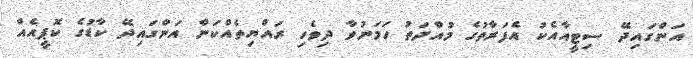
އަންގައިދޭ ސިޓީއާއެކު އެފަރާތުގެ މުއްދަތު ހަމަނުވާ ދިވެހި ރައްޔިތެއްކަން އަންގައިދޭ ކާޑުގެ ކޮޕީއެއް